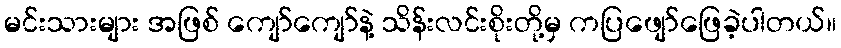
မင်းသားများ အဖြစ် ကျော်ကျော်နဲ့ သိန်းလင်းစိုးတို့မှ ကပြဖျော်ဖြေခဲ့ပါတယ်။